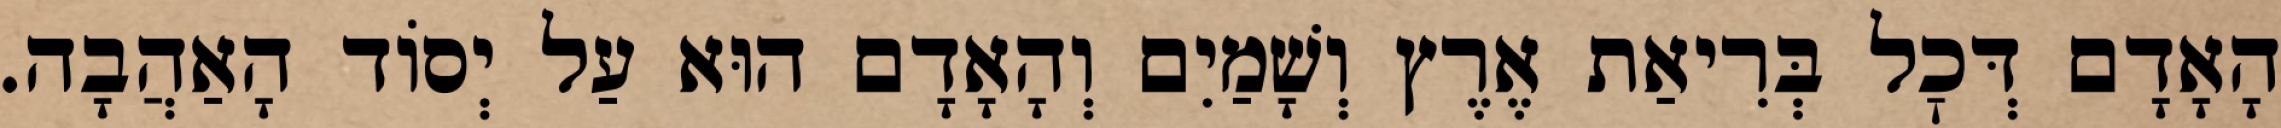
הָאָדָם דְּכׇל בְּרִיאַת אֶרֶץ וְשָׁמַיִם וְהָאָדָם הוּא עַל יְסוֹד הָאַהֲבָה.